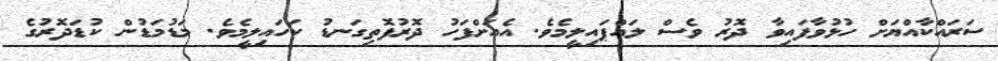
ސަރައްކާއްޔަށް ހުޅުވާފައިވާ ދޮރު ވެސް ލައްޕައިލީމެވެ. އެއަށްފަހު ދޮރުފޮތިގަނޑު ކަހައިލީމެވެ. މަޑުމަޑުން ކުޑަދޮރުގެ